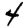
Digit: 4